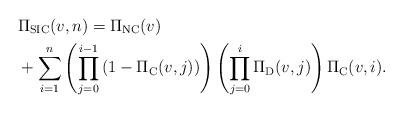
LaTeX: \begin{align*}&\!\!\!\!\Pi_{\rm SIC}(v,n) = \Pi_{\rm NC}(v) \\&\!\!\!\!+ \sum_{i=1}^n \left(\prod_{j=0}^{i-1} \left(1-\Pi_{\rm C}(v,j)\right)\right) \left(\prod_{j=0}^{i} \Pi_{\rm D}(v,j)\right) \Pi_{\rm C}(v,i).\end{align*}